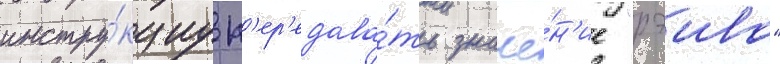
инстру́кциу п'ер'едава́ть значе́н'ие "рэива"